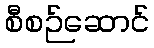
စီစဉ်ဆောင်